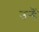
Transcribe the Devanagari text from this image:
उन्हैं